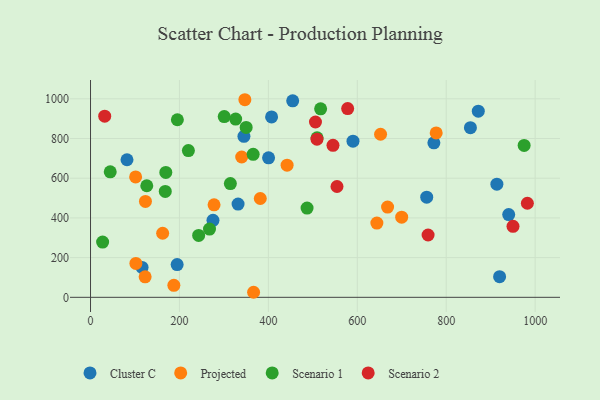
{"axis": {"x": "Investment", "y": "Yield"}, "legend": ["Cluster C", "Projected", "Scenario 1", "Scenario 2"], "data": [{"x": "756.1", "y": 504.7, "type": "Cluster C"}, {"x": "407.2", "y": 909.0, "type": "Cluster C"}, {"x": "854.4", "y": 854.9, "type": "Cluster C"}, {"x": "872.1", "y": 937.8, "type": "Cluster C"}, {"x": "913.9", "y": 570.2, "type": "Cluster C"}, {"x": "275.4", "y": 388.0, "type": "Cluster C"}, {"x": "454.7", "y": 990.0, "type": "Cluster C"}, {"x": "82.0", "y": 693.1, "type": "Cluster C"}, {"x": "940.5", "y": 417.0, "type": "Cluster C"}, {"x": "920.0", "y": 104.0, "type": "Cluster C"}, {"x": "772.2", "y": 778.2, "type": "Cluster C"}, {"x": "194.8", "y": 165.1, "type": "Cluster C"}, {"x": "115.9", "y": 150.5, "type": "Cluster C"}, {"x": "331.8", "y": 469.9, "type": "Cluster C"}, {"x": "400.4", "y": 702.9, "type": "Cluster C"}, {"x": "590.3", "y": 786.7, "type": "Cluster C"}, {"x": "345.0", "y": 811.3, "type": "Cluster C"}, {"x": "277.8", "y": 466.0, "type": "Projected"}, {"x": "122.8", "y": 103.1, "type": "Projected"}, {"x": "777.4", "y": 828.1, "type": "Projected"}, {"x": "699.8", "y": 403.6, "type": "Projected"}, {"x": "162.2", "y": 322.8, "type": "Projected"}, {"x": "340.0", "y": 707.0, "type": "Projected"}, {"x": "187.4", "y": 60.5, "type": "Projected"}, {"x": "668.1", "y": 454.8, "type": "Projected"}, {"x": "652.3", "y": 821.6, "type": "Projected"}, {"x": "347.1", "y": 995.5, "type": "Projected"}, {"x": "102.0", "y": 171.0, "type": "Projected"}, {"x": "442.1", "y": 666.0, "type": "Projected"}, {"x": "101.4", "y": 606.7, "type": "Projected"}, {"x": "644.0", "y": 374.2, "type": "Projected"}, {"x": "123.5", "y": 483.3, "type": "Projected"}, {"x": "381.8", "y": 497.9, "type": "Projected"}, {"x": "366.7", "y": 25.4, "type": "Projected"}, {"x": "300.7", "y": 910.6, "type": "Scenario 1"}, {"x": "509.5", "y": 803.7, "type": "Scenario 1"}, {"x": "487.0", "y": 449.7, "type": "Scenario 1"}, {"x": "169.3", "y": 629.0, "type": "Scenario 1"}, {"x": "44.3", "y": 632.3, "type": "Scenario 1"}, {"x": "365.8", "y": 720.2, "type": "Scenario 1"}, {"x": "314.5", "y": 573.1, "type": "Scenario 1"}, {"x": "220.1", "y": 739.5, "type": "Scenario 1"}, {"x": "267.6", "y": 343.8, "type": "Scenario 1"}, {"x": "195.3", "y": 894.7, "type": "Scenario 1"}, {"x": "126.5", "y": 562.1, "type": "Scenario 1"}, {"x": "517.5", "y": 949.5, "type": "Scenario 1"}, {"x": "350.0", "y": 855.8, "type": "Scenario 1"}, {"x": "975.2", "y": 765.3, "type": "Scenario 1"}, {"x": "27.2", "y": 278.2, "type": "Scenario 1"}, {"x": "243.2", "y": 311.7, "type": "Scenario 1"}, {"x": "168.1", "y": 533.7, "type": "Scenario 1"}, {"x": "326.4", "y": 898.2, "type": "Scenario 1"}, {"x": "545.3", "y": 766.0, "type": "Scenario 2"}, {"x": "950.2", "y": 357.9, "type": "Scenario 2"}, {"x": "578.3", "y": 951.1, "type": "Scenario 2"}, {"x": "31.9", "y": 912.7, "type": "Scenario 2"}, {"x": "554.3", "y": 558.3, "type": "Scenario 2"}, {"x": "509.3", "y": 796.5, "type": "Scenario 2"}, {"x": "982.5", "y": 473.9, "type": "Scenario 2"}, {"x": "759.2", "y": 313.9, "type": "Scenario 2"}, {"x": "505.9", "y": 883.3, "type": "Scenario 2"}]}